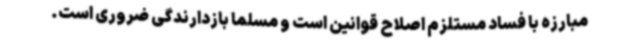
مبارزه با فساد مستلزم اصلاح قوانین است و مسلما بازدارندگی ضروری است.